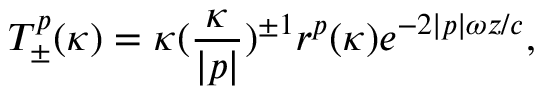
T _ { \pm } ^ { p } ( \kappa ) = { \kappa } ( \frac { \kappa } { | p | } ) ^ { \pm 1 } r ^ { p } ( \kappa ) e ^ { - 2 | p | { \omega } z / c } ,